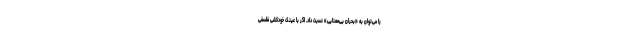
را می‌توان به «بحران بی‌معنایی» نسبت داد. اگر با عینکِ خودکشی فلسفی